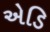
એડિ